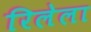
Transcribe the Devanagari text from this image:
रिलेला